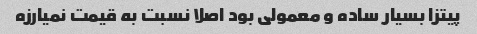
پیتزا بسیار ساده و معمولی بود اصلا نسبت به قیمت نمیارزه